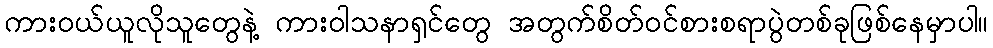
ကားဝယ်ယူလိုသူတွေနဲ့ ကားဝါသနာရှင်တွေ အတွက်စိတ်ဝင်စားစရာပွဲတစ်ခုဖြစ်နေမှာပါ။